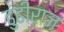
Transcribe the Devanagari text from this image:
ढुंढीराज